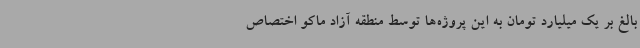
بالغ بر یک میلیارد تومان به این پروژه‌ها توسط منطقه آزاد ماکو اختصاص